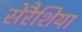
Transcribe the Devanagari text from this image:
सेरैशिया